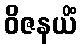
ဝိဇနယိံ